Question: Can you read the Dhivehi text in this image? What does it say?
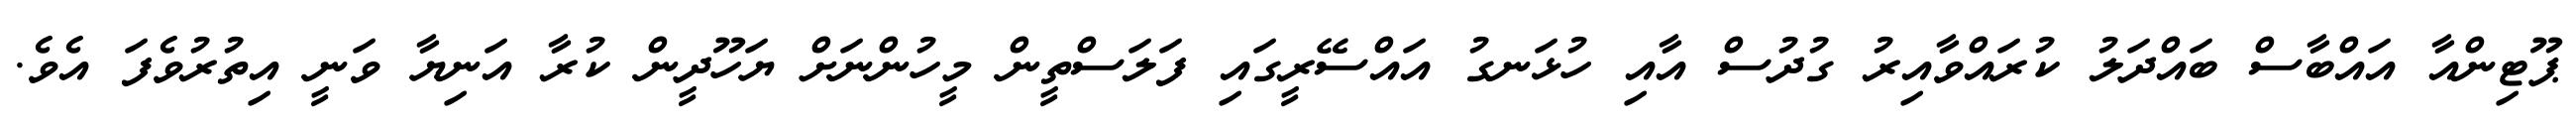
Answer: ޕޫޓިންއާ އައްބާސް ބައްދަލު ކުރައްވާއިރު ގުދުސް އާއި ހުޅަނގު އައްސޭރީގައި ފަލަސްތީން މީހުންނަށް ޔަހޫދީން ކުރާ އަނިޔާ ވަނީ އިތުރުވެފަ އެވެ.